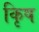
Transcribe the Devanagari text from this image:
कृिष